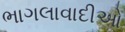
ભાગલાવાદીઓ